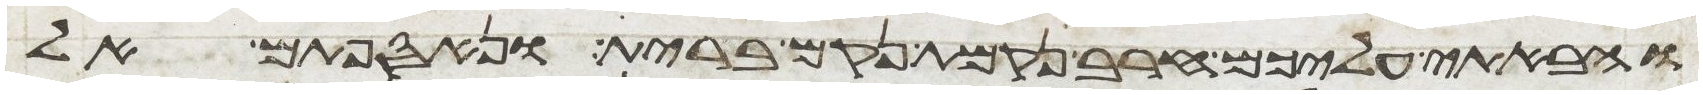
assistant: והבאתי עליכם חרב נקמת נקם ברית ונאספתם אל